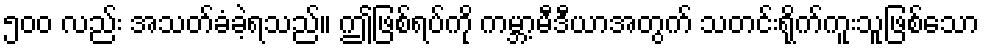
၅၀၀ လည်း အသတ်ခံခဲ့ရသည်။ ဤဖြစ်ရပ်ကို ကမ္ဘာ့မီဒီယာအတွက် သတင်းရိုက်ကူးသူဖြစ်သော